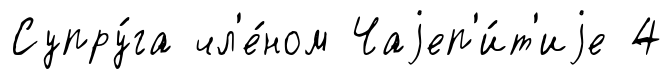
Супру́га чл'е́ном Чаjеп'и́т'иjе 4